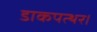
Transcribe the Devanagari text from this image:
डाकपत्थर।